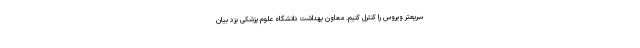
سریعتر ویروس را کنترل کنیم‌. معاون بهداشت دانشگاه علوم پزشکی یزد بیان